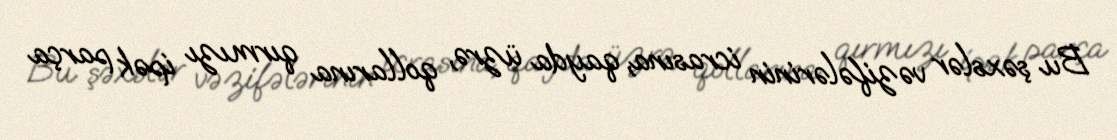
Bu şəxslər vəzifələrinin icrasına, qayda üzrə, qollarına qırmızı ipək parça